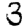
Digit: 3